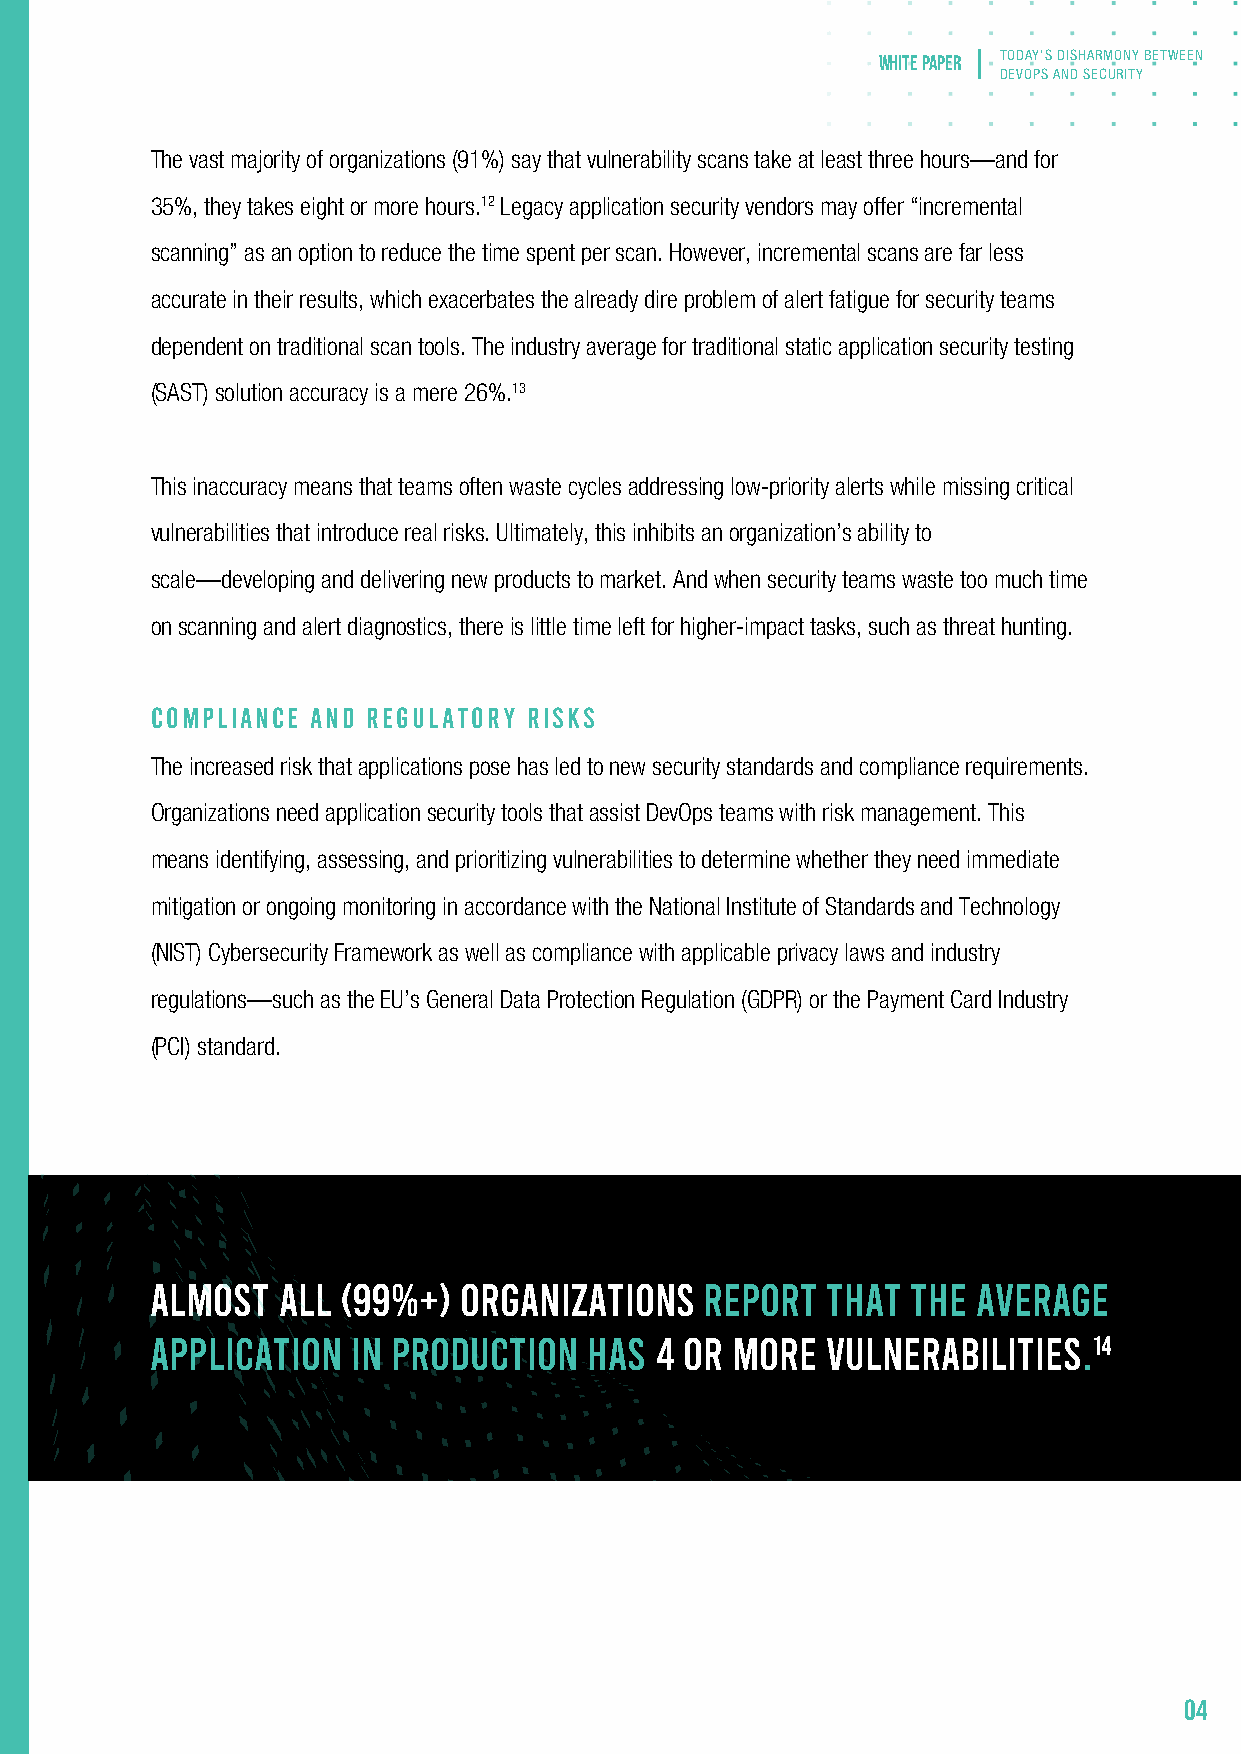
white paper TODAY’S DISHARMONY BETWEEN
 DEVOPS AND SECURITY
 The vast majority of organizations (91%) say that vulnerability scans take at least three hours—and for
 35%, they takes eight or more hours.12 Legacy application security vendors may offer “incremental
 scanning” as an option to reduce the time spent per scan. However, incremental scans are far less
 accurate in their results, which exacerbates the already dire problem of alert fatigue for security teams
 dependent on traditional scan tools. The industry average for traditional static application security testing
 (SAST) solution accuracy is a mere 26%.13
 This inaccuracy means that teams often waste cycles addressing low-priority alerts while missing critical
 vulnerabilities that introduce real risks. Ultimately, this inhibits an organization’s ability to
 scale—developing and delivering new products to market. And when security teams waste too much time
 on scanning and alert diagnostics, there is little time left for higher-impact tasks, such as threat hunting.
 COMPLIANCE AND REGULATORY RISKS
 The increased risk that applications pose has led to new security standards and compliance requirements.
 Organizations need application security tools that assist DevOps teams with risk management. This
 means identifying, assessing, and prioritizing vulnerabilities to determine whether they need immediate
 mitigation or ongoing monitoring in accordance with the National Institute of Standards and Technology
 (NIST) Cybersecurity Framework as well as compliance with applicable privacy laws and industry
 regulations—such as the EU’s General Data Protection Regulation (GDPR) or the Payment Card Industry
 (PCI) standard.
 ALMOST  ALL  (99%+) ORGANIZATIONS    REPORT  THAT THE  AVERAGE
 APPLICATION  IN PRODUCTION   HAS 4 OR MORE   VULNERABILITIES.14
 04